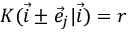
K ( \vec { i } \pm \vec { e } _ { j } | \vec { i } ) = r